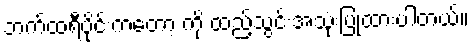
ဘက်ထရီပိုင်းကတော့ ကို ထည့်သွင်းအသုံးပြုထားပါတယ်။